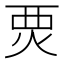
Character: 䙳